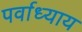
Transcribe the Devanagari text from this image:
पर्वाध्याय